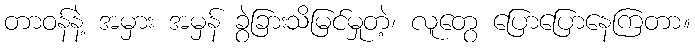
တာဝန်နဲ့ အမှား အမှန် ခွဲခြားသိမြင်မှုတဲ့၊ လူတွေ ပြောပြောနေကြတာ။